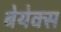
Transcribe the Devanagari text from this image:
बेयेक्स